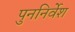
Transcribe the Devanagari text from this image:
पुननिर्वेश